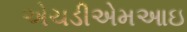
એચડીએમઆઇ